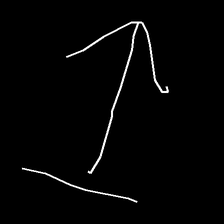
Glyph: levitation